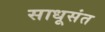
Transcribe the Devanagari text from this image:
साधूसंत